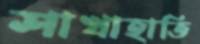
শাখাহাতি